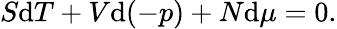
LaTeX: S\mathrm{d}T+V\mathrm{d}(-p)+N\mathrm{d}\mu=0.